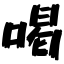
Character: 喝